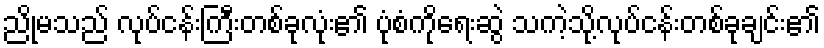
ညိုမသည် လုပ်ငန်းကြီးတစ်ခုလုံး၏ ပုံစံကိုရေးဆွဲ သကဲ့သို့လုပ်ငန်းတစ်ခုချင်း၏